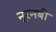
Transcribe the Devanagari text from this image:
नूरनबी